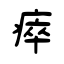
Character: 瘁